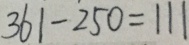
3 6 1 - 2 5 0 = 1 1 1